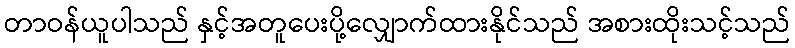
တာဝန်ယူပါသည် နှင့်အတူပေးပို့လျှောက်ထားနိုင်သည် အစားထိုးသင့်သည်